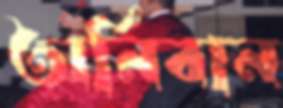
অর্নিবান